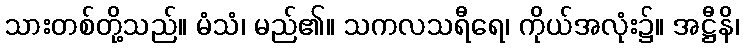
သားတစ်တို့သည်။ မံသံ၊ မည်၏။ သကလသရီရေ၊ ကိုယ်အလုံး၌။ အဋ္ဌီနိ၊